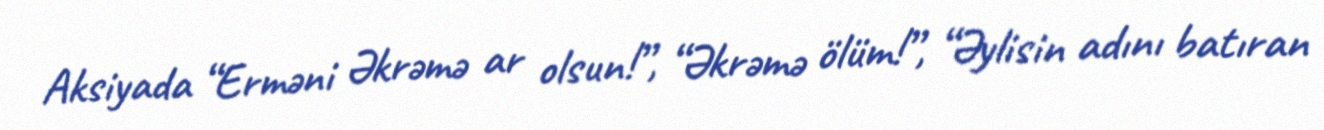
Aksiyada “Erməni Əkrəmə ar olsun!”, “Əkrəmə ölüm!”, “Əylisin adını batıran